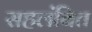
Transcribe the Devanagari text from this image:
सहलंबित